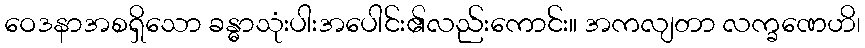
ဝေဒနာအစရှိသော ခန္ဓာသုံးပါးအပေါင်း၏လည်းကောင်း။ အကလျတာ လက္ခဏေဟိ၊